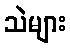
သဲများ